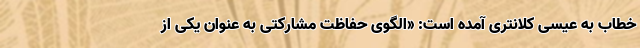
خطاب به عیسی کلانتری آمده است: «الگوی حفاظت مشارکتی به عنوان یکی از